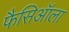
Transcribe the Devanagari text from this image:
फैसिऑला